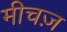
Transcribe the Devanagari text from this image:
मीचज़